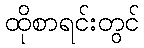
ထိုစာရင်းတွင်